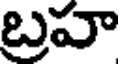
బ్రహ